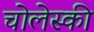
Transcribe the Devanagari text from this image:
चोलेस्की